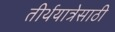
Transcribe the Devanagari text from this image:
तीर्थयात्रेसाठी